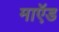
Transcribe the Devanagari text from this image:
माऍड